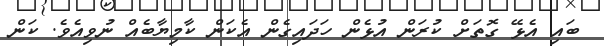
ބައި އެޅޭ ގޮތަށް ކުރަން އުޅެން ހަދައިގެން އެކަން ކާމިޔާބެއް ނުވިއެވެ. ކަން